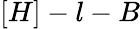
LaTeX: [H]-l-B